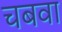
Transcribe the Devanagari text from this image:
चबवा